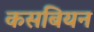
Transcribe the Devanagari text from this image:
कसबियन